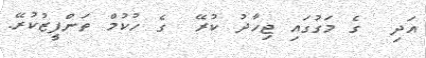
އަދި  ގެ މަގުގައި ޖިހާދު ކުރޭ  ގެ ހުކުމް ތަންފީޒުކުރޭ.